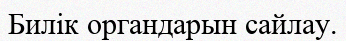
Билік органдарын сайлау.